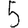
Digit: 5